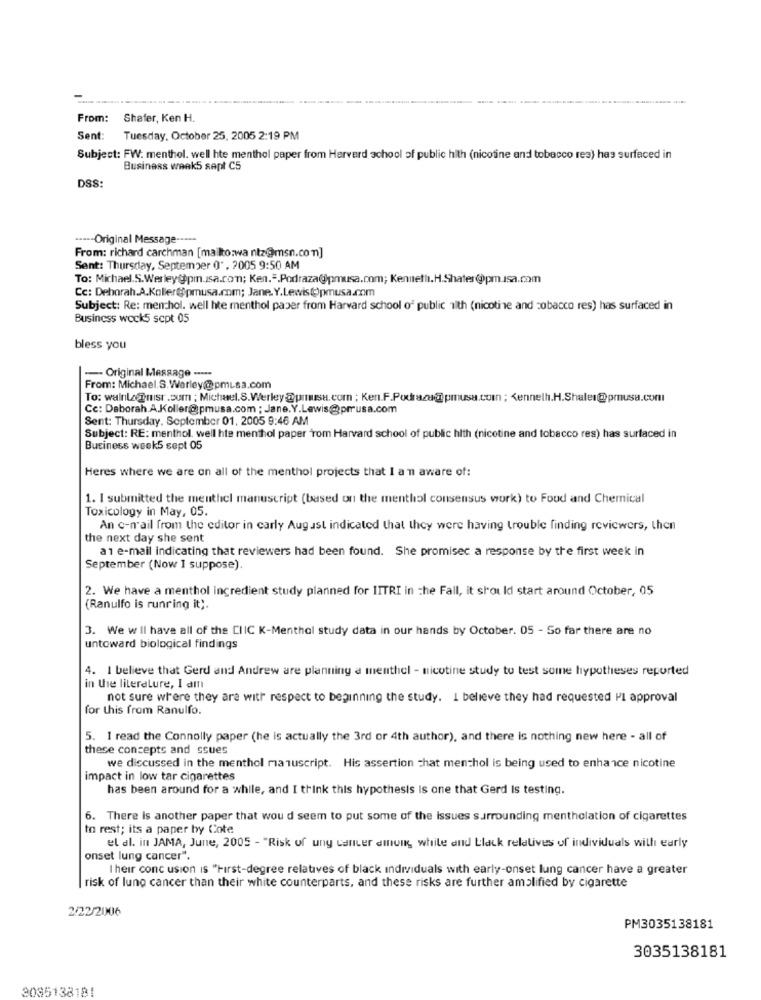
From: Shafer, Ken H.
Sent:
Tuesday, October 25, 2005 2:19 PM
Subject: FW: menthol. well hte menthol paper from Herverd school of public hlth (nicotine and tobacco res) has surfaced in
Business week5 sept C5
DSS:
·---- Original Message -----
From: richard carchman [mailto:wa ntz@msn.com]
Sent: Thursday, September 0' , 2005 9:50 AM
To: Michael.S.Werley@pin.isa.com; Ken .-. Podraza@pmusa.com; Kenneth.H.Shater@@pm.sa.com
Cc: Deborah.A.Koller@pmusa.com; Jane.Y.Lewis()pmusa.com
Subject: Re: menchol. well hte menthol paper from Harvard school of public ilth (nicotine and cobacco res) has surfaced in
Business wock5 sept 05
bless you
-- Original Message -----
From: Michael, S. Werley@pmLsa.com
To: walnla@misr.com ; Michael.S.Werley@prusa.com ; Ken.F.Podrazu@lpmusa.com ; Kennelh.H.Shaler@pmusa.com
Cc: Deborah.A.Koller@pmusa.com ; Jane. Y.Lewis@prusa.com
Sent: Thursday, September 01, 2005 9:46 AM
Subject: RE: menthol. well hte menthol paper Tom Harvard school of public hlth (nicotine and tobacco res) has surfaced in
Business week5 sept 05
Heres where we are on all of the menthol projects that I am aware of:
1. I submitted the menthel manuscript (based on the menthol consensus work) to Foud and Chemical
Toxicology in May, 05.
An c-mail from the editor in carly August indicated that they were having trouble finding reviewers, then
the next day she sent
a 1 e-mail indicating that reviewers had been found. She promisec a response by the first week in
September (Now I suppose).
2. We have a menthol ingredient study planned for IITRI in the Fall, it should start around October, 05
(Ranulfo is runring it ;.
3. We w il have all of the CIIC K-Menthol study data in our hands by October. 05 - So far there are no
untoward biological findings
4. I believe that Gerd and Andrew are planning a menthcl - nicotine study to test some hypotheses reported
in the literature, I am
not sure where they are with respect to beginning the study. I believe they had requested PI approval
for this from Ranulfo.
5. 1 read the Connolly paper (he is actually the 3rd or 4th author), and there is nothing new here - all of
these concepts and ssues
we discussed in the menthol manuscript. His assertion chat menthol is being used to enhance nicotine
impact in low tar cigarettes
has been around for a while, and I think this hypothesis is one that Gerd Is testing.
6. There is another paper that wou d seem to put some of the Issues surrounding mentholation of cigarettes
to rest; its a paper by Cote
el al. in JAMA, June, 2005 - "Risk of uny cancer dinonk white and black relatives of individuals with early
onset lung cancer".
Their conc usion is "First-degree relatives of black individuals with early-onset lung cancer have a greater
| risk of lung cancer than their white counterparts, and these risks are further amplified by cigarette
2/22/2006
PM3035138181
3035138181
2085138181